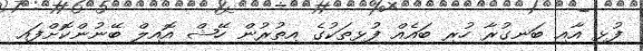
ފުޅި އާއި ބަނގުރާ ހުރި ބައެއް ފުޅިތަކުގެ އިތުރުން ހޭޝް އޮއިލް ބޭނުންކޮށްފައި